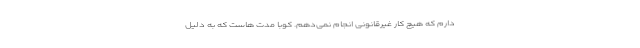
دارم که هیچ کار غیرقانونی انجام نمی‌دهم. کوبا مدت هاست که به دلیل